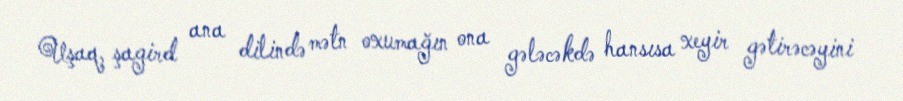
Uşaq, şagird ana dilində mətn oxumağın ona gələcəkdə hansısa xeyir gətirəcəyini